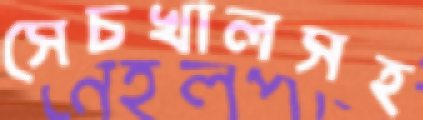
সেচখালসহ